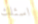
اسئلك